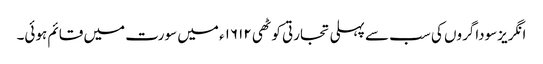
انگریزسوداگروں کی سب سے پہلی تجارتی کوٹھی ۱۶۱۲ء میں سورت میں قائم ہوئی۔